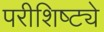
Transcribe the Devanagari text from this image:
परीशिष्ट्ये